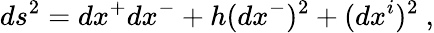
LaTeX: ds^{2}=dx^{+}dx^{-}+h(dx^{-})^{2}+(dx^{i})^{2}~,